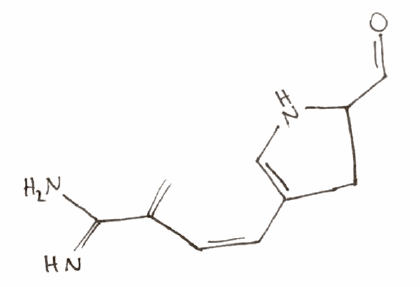
Simplified molecular-input line-entry system (SMILES) notation of the given molecule:
C=C(/C=C\C1=CNC(C1)C=O)C(=N)N